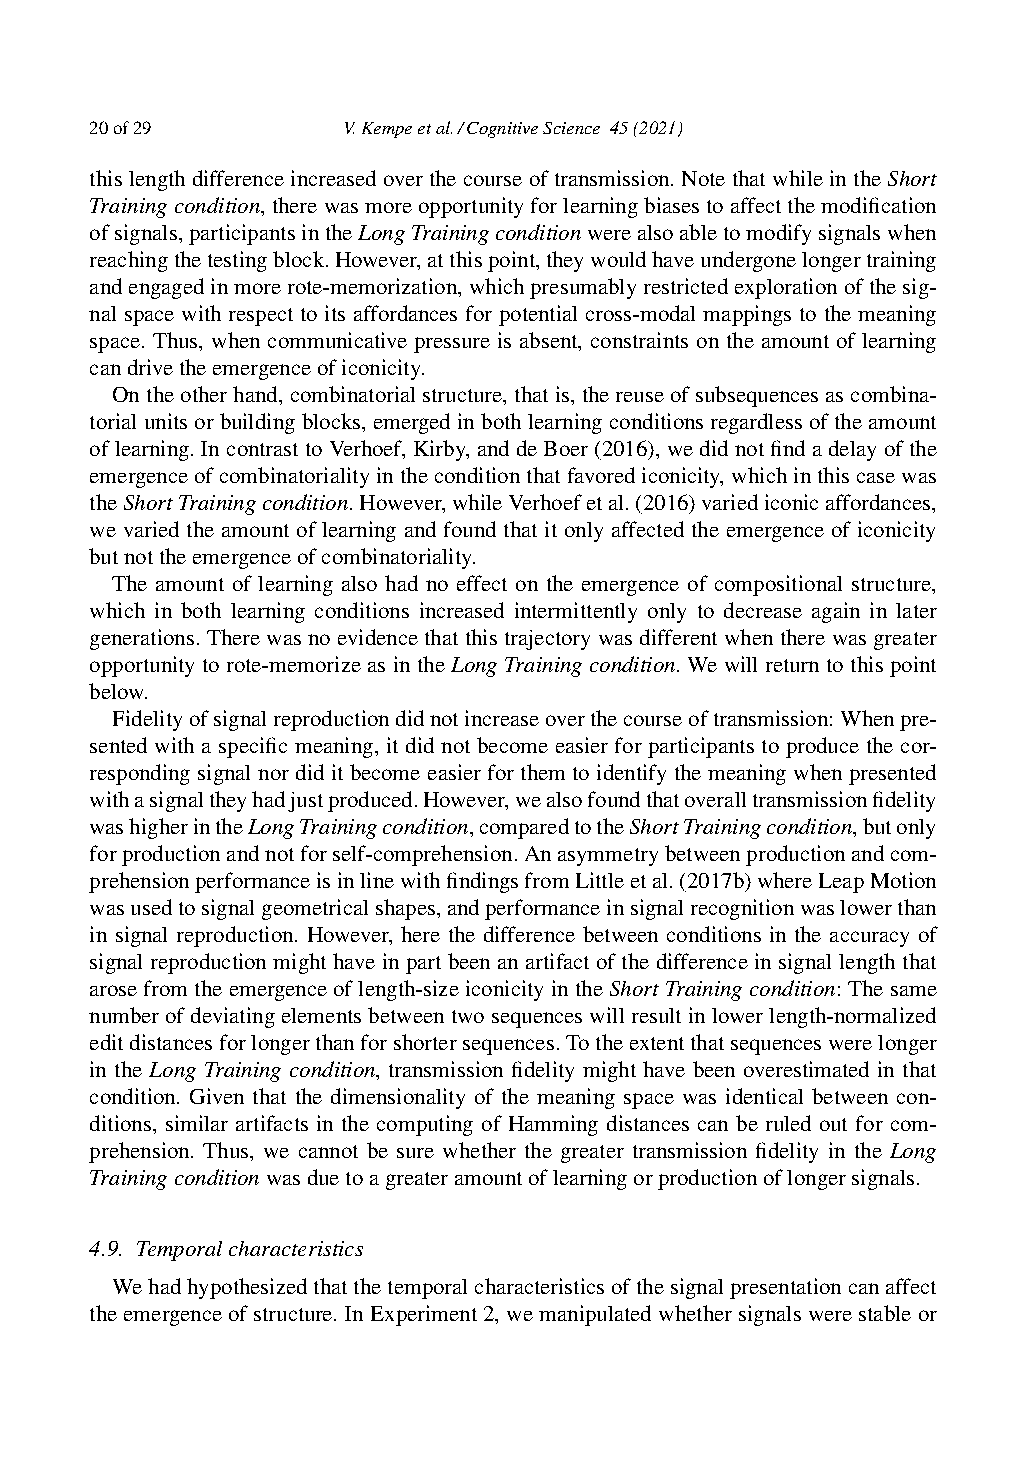
20of29           V.Kempeetal./CognitiveScience 45(2021)
 thislengthdifferenceincreasedoverthecourseoftransmission.NotethatwhileintheShort
 Trainingcondition,therewasmoreopportunityforlearningbiasestoaffectthemodification
 ofsignals,participantsintheLongTrainingconditionwerealsoabletomodifysignalswhen
 reachingthetestingblock.However,atthispoint,theywouldhaveundergonelongertraining
 andengagedinmorerote-memorization,whichpresumablyrestrictedexplorationofthesig-
 nal space with respect to its affordances for potential cross-modal mappings to the meaning
 space. Thus, when communicative pressure is absent, constraints on the amount of learning
 candrivetheemergenceoficonicity.
 Ontheotherhand,combinatorialstructure,thatis,thereuseofsubsequencesascombina-
 torialunitsorbuildingblocks,emergedinbothlearningconditionsregardlessoftheamount
 oflearning.IncontrasttoVerhoef,Kirby,anddeBoer(2016),wedidnotfindadelayofthe
 emergenceofcombinatorialityintheconditionthatfavorediconicity,whichinthiscasewas
 theShortTrainingcondition.However,whileVerhoefetal.(2016)variediconicaffordances,
 we varied the amount of learning and found that it only affected the emergence of iconicity
 butnottheemergenceofcombinatoriality.
 The amount of learning also had no effect on the emergence of compositional structure,
 which in both learning conditions increased intermittently only to decrease again in later
 generations. There was no evidence that this trajectory was different when there was greater
 opportunity to rote-memorize as in the Long Training condition. We will return to this point
 below.
 Fidelityofsignalreproductiondidnotincreaseoverthecourseoftransmission:Whenpre-
 sented with a specific meaning, it did not become easier for participants to produce the cor-
 responding signal nor did it become easier for them to identify the meaning when presented
 withasignaltheyhadjustproduced.However,wealsofoundthatoveralltransmissionfidelity
 washigherintheLongTrainingcondition,comparedtotheShortTrainingcondition,butonly
 forproductionandnotforself-comprehension.Anasymmetrybetweenproductionandcom-
 prehensionperformanceisinlinewithfindingsfromLittleetal.(2017b)whereLeapMotion
 wasusedtosignalgeometricalshapes,andperformanceinsignalrecognitionwaslowerthan
 in signal reproduction. However, here the difference between conditions in the accuracy of
 signal reproduction might have in part been an artifact of the difference in signal length that
 arosefromtheemergenceoflength-sizeiconicityintheShortTrainingcondition:Thesame
 numberofdeviatingelementsbetweentwosequenceswillresultinlowerlength-normalized
 editdistancesforlongerthanforshortersequences.Totheextentthatsequenceswerelonger
 in the Long Training condition, transmission fidelity might have been overestimated in that
 condition. Given that the dimensionality of the meaning space was identical between con-
 ditions, similar artifacts in the computing of Hamming distances can be ruled out for com-
 prehension. Thus, we cannot be sure whether the greater transmission fidelity in the Long
 Trainingconditionwasduetoagreateramountoflearningorproductionoflongersignals.
 4.9. Temporalcharacteristics
 Wehadhypothesizedthatthetemporalcharacteristicsofthesignalpresentationcanaffect
 theemergenceofstructure.InExperiment2,wemanipulatedwhethersignalswerestableor